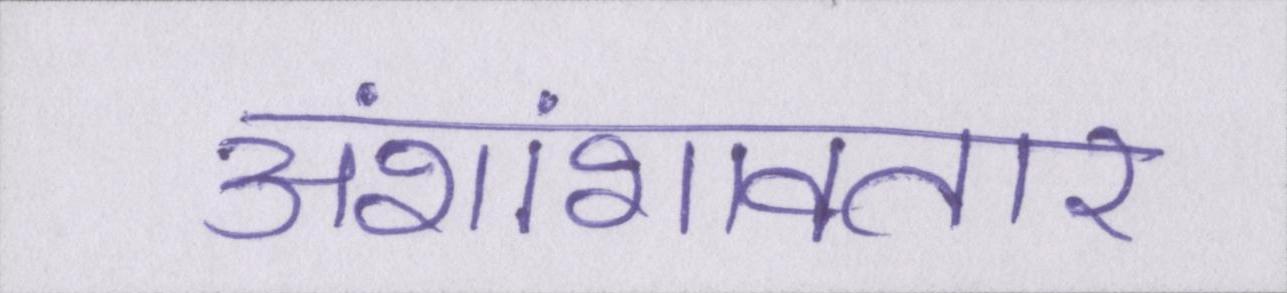
अंशांशावतार